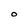
Character: O